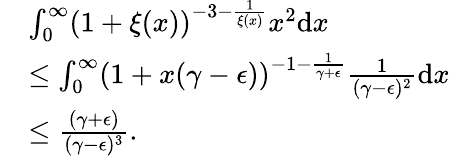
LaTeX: \begin{array}{rl}&{\int_{0}^{\infty}(1+\xi(x))^{-3-\frac{1}{\xi(x)}}x^{2}\mathrm{d}x}\\ &{\leq\int_{0}^{\infty}(1+x(\gamma-\epsilon))^{-1-\frac{1}{\gamma+\epsilon}}\frac{1}{(\gamma-\epsilon)^{2}}\mathrm{d}x}\\ &{\leq\frac{(\gamma+\epsilon)}{(\gamma-\epsilon)^{3}}.}\end{array}